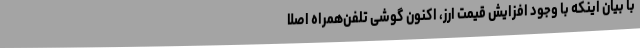
با بیان اینکه با وجود افزایش قیمت ارز، اکنون گوشی تلفن‌همراه اصلا